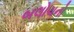
બલોચનો